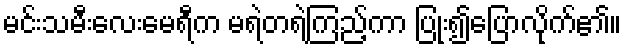
မင်းသမီးလေးမေရီက မရဲတရဲကြည့်ကာ ပြုံး၍ပြောလိုက်၏။